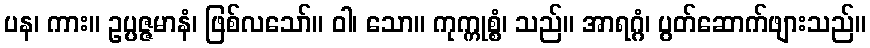
ပန၊ ကား။ ဥပ္ပဇ္ဇမာနံ၊ ဖြစ်လသော်။ ဝါ၊ သော။ ကုက္ကုစ္စံ၊ သည်။ အာရဂ္ဂံ၊ ပွတ်ဆောက်ဖျားသည်။